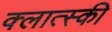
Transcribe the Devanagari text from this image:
क्लात्स्की